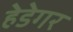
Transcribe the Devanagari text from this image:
हेडेगर